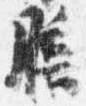
膳